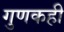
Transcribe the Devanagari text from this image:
गुणकही